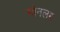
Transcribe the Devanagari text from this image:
मोनलम